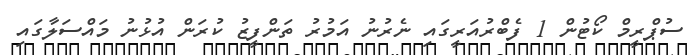
ސުޕްރީމް ކޯޓުން 1 ފެބްރުއަރީގައި ނެރުނު އަމުރު ތަންފީޒު ކުރަން އުޅުނު މައްސަލާގައި